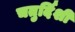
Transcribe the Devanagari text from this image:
चतुर्दिशी